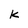
Character: k